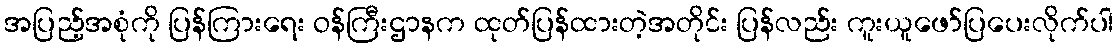
အပြည့်အစုံကို ပြန်ကြားရေး ဝန်ကြီးဌာနက ထုတ်ပြန်ထားတဲ့အတိုင်း ပြန်လည်း ကူးယူဖော်ပြပေးလိုက်ပါ